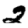
Digit: 2